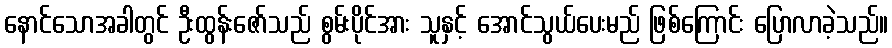
နောင်သောအခါတွင် ဦးထွန်းဇော်သည် စွမ်းပိုင်အား သူနှင့် အောင်သွယ်ပေးမည် ဖြစ်ကြောင်း ပြောလာခဲ့သည်။